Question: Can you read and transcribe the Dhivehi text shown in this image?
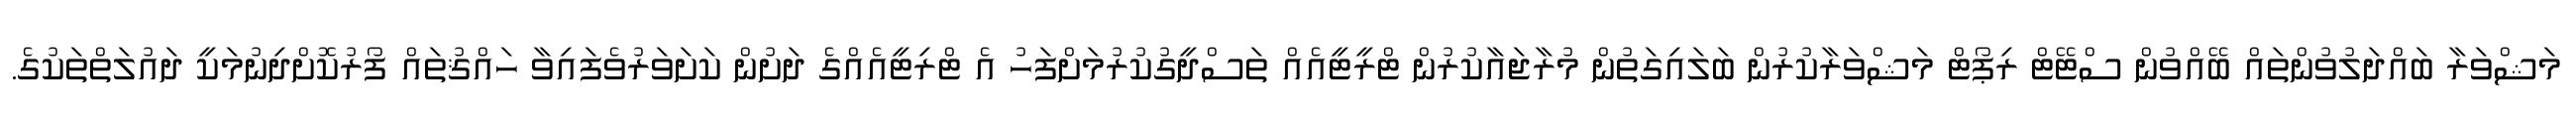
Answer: މަޝްވަރާ ބައްދަލުވުންތައް ބޭއްވުން ސްޓޭޓް ރިޕޯޓް މަޝްވަރާކުރުން ބަލައިގަތުން މުރާޖައާކުރުން ޓްރީޓީއެއް ތަސްދީގުކުރުމަށްފަހު އެ ޓްރިޓީއެއްގެ ދަށުން ކަށަވަރުވެފައިވާ ހައްޤުތައް ފޯރުކޮށްދިނުމަކީ ދައުލަތްތަކުގެ.